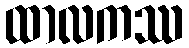
ထာလကဿ